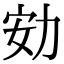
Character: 𠡓